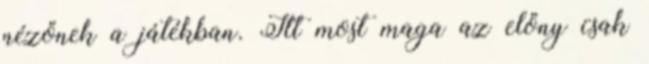
nézőnek a játékban. Itt most maga az előny csak